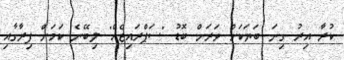
ކުރާ އިރު ގިނަ ބަޔަކަށް ވަރަށް ބޮޑު "ސަޕްރައިޒެއް" ލިބޭނެ ކަމަށް ފިރާގާއި